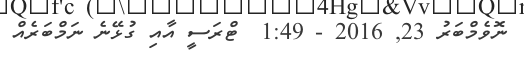
ނޮވެމްބަރު 23